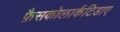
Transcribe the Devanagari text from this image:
फ़ैसकोलार्कटिडाए